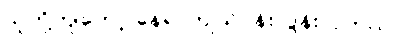
သူတို့ကျတော့ နေရာကျယ်ဝန်းလွန်းလှတယ်။